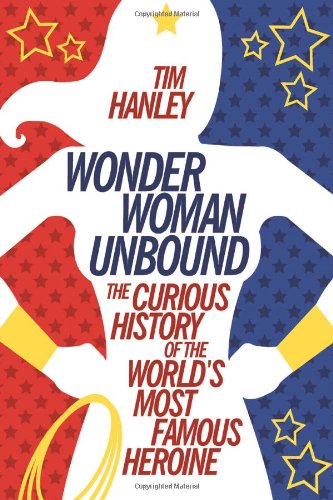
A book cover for Wonder Woman Unbound: The Curious History of the World's Most Famous Heroine; Tim Hanley; Crafts, Hobbies & Home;